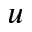
u